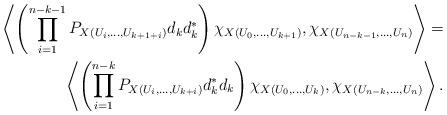
LaTeX: \begin{align*}\left\langle \left(\prod_{i=1}^{n-k-1} P_{X(U_{i},...,U_{k+1+i})} d_k d^*_k \right) \chi_{X(U_0,...,U_{k+1})}, \chi_{X(U_{n-k-1},...,U_{n})} \right\rangle = \\ \left\langle \left(\prod_{i=1}^{n-k} P_{X(U_{i},...,U_{k+i})} d_k^* d_k \right) \chi_{X(U_0,...,U_{k})}, \chi_{X(U_{n-k},...,U_{n})} \right\rangle.\end{align*}